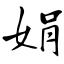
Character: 娟